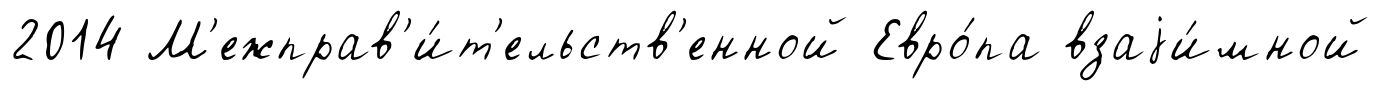
2014 М'ежправ'и́т'ельств'енной Евро́па взаjи́мной